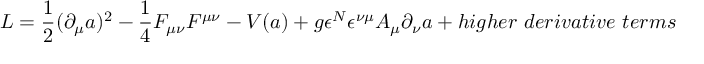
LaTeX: L = { \frac { 1 } { 2 } } ( \partial _ { \mu } a ) ^ { 2 } - { \frac { 1 } { 4 } } F _ { \mu \nu } F ^ { \mu \nu } - V ( a ) + g { \epsilon ^ { N } } \epsilon ^ { \nu \mu } A _ { \mu } \partial _ { \nu } a + h i g h e r ~ d e r i v a t i v e ~ t e r m s